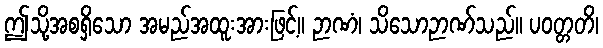
ဤသို့အစရှိသော အမည်အထူးအားဖြင့်။ ဉာဏံ၊ သိသောဉာဏ်သည်။ ပဝတ္တတိ၊